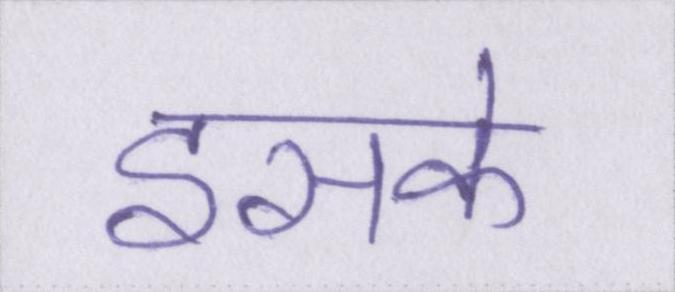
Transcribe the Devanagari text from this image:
इसके